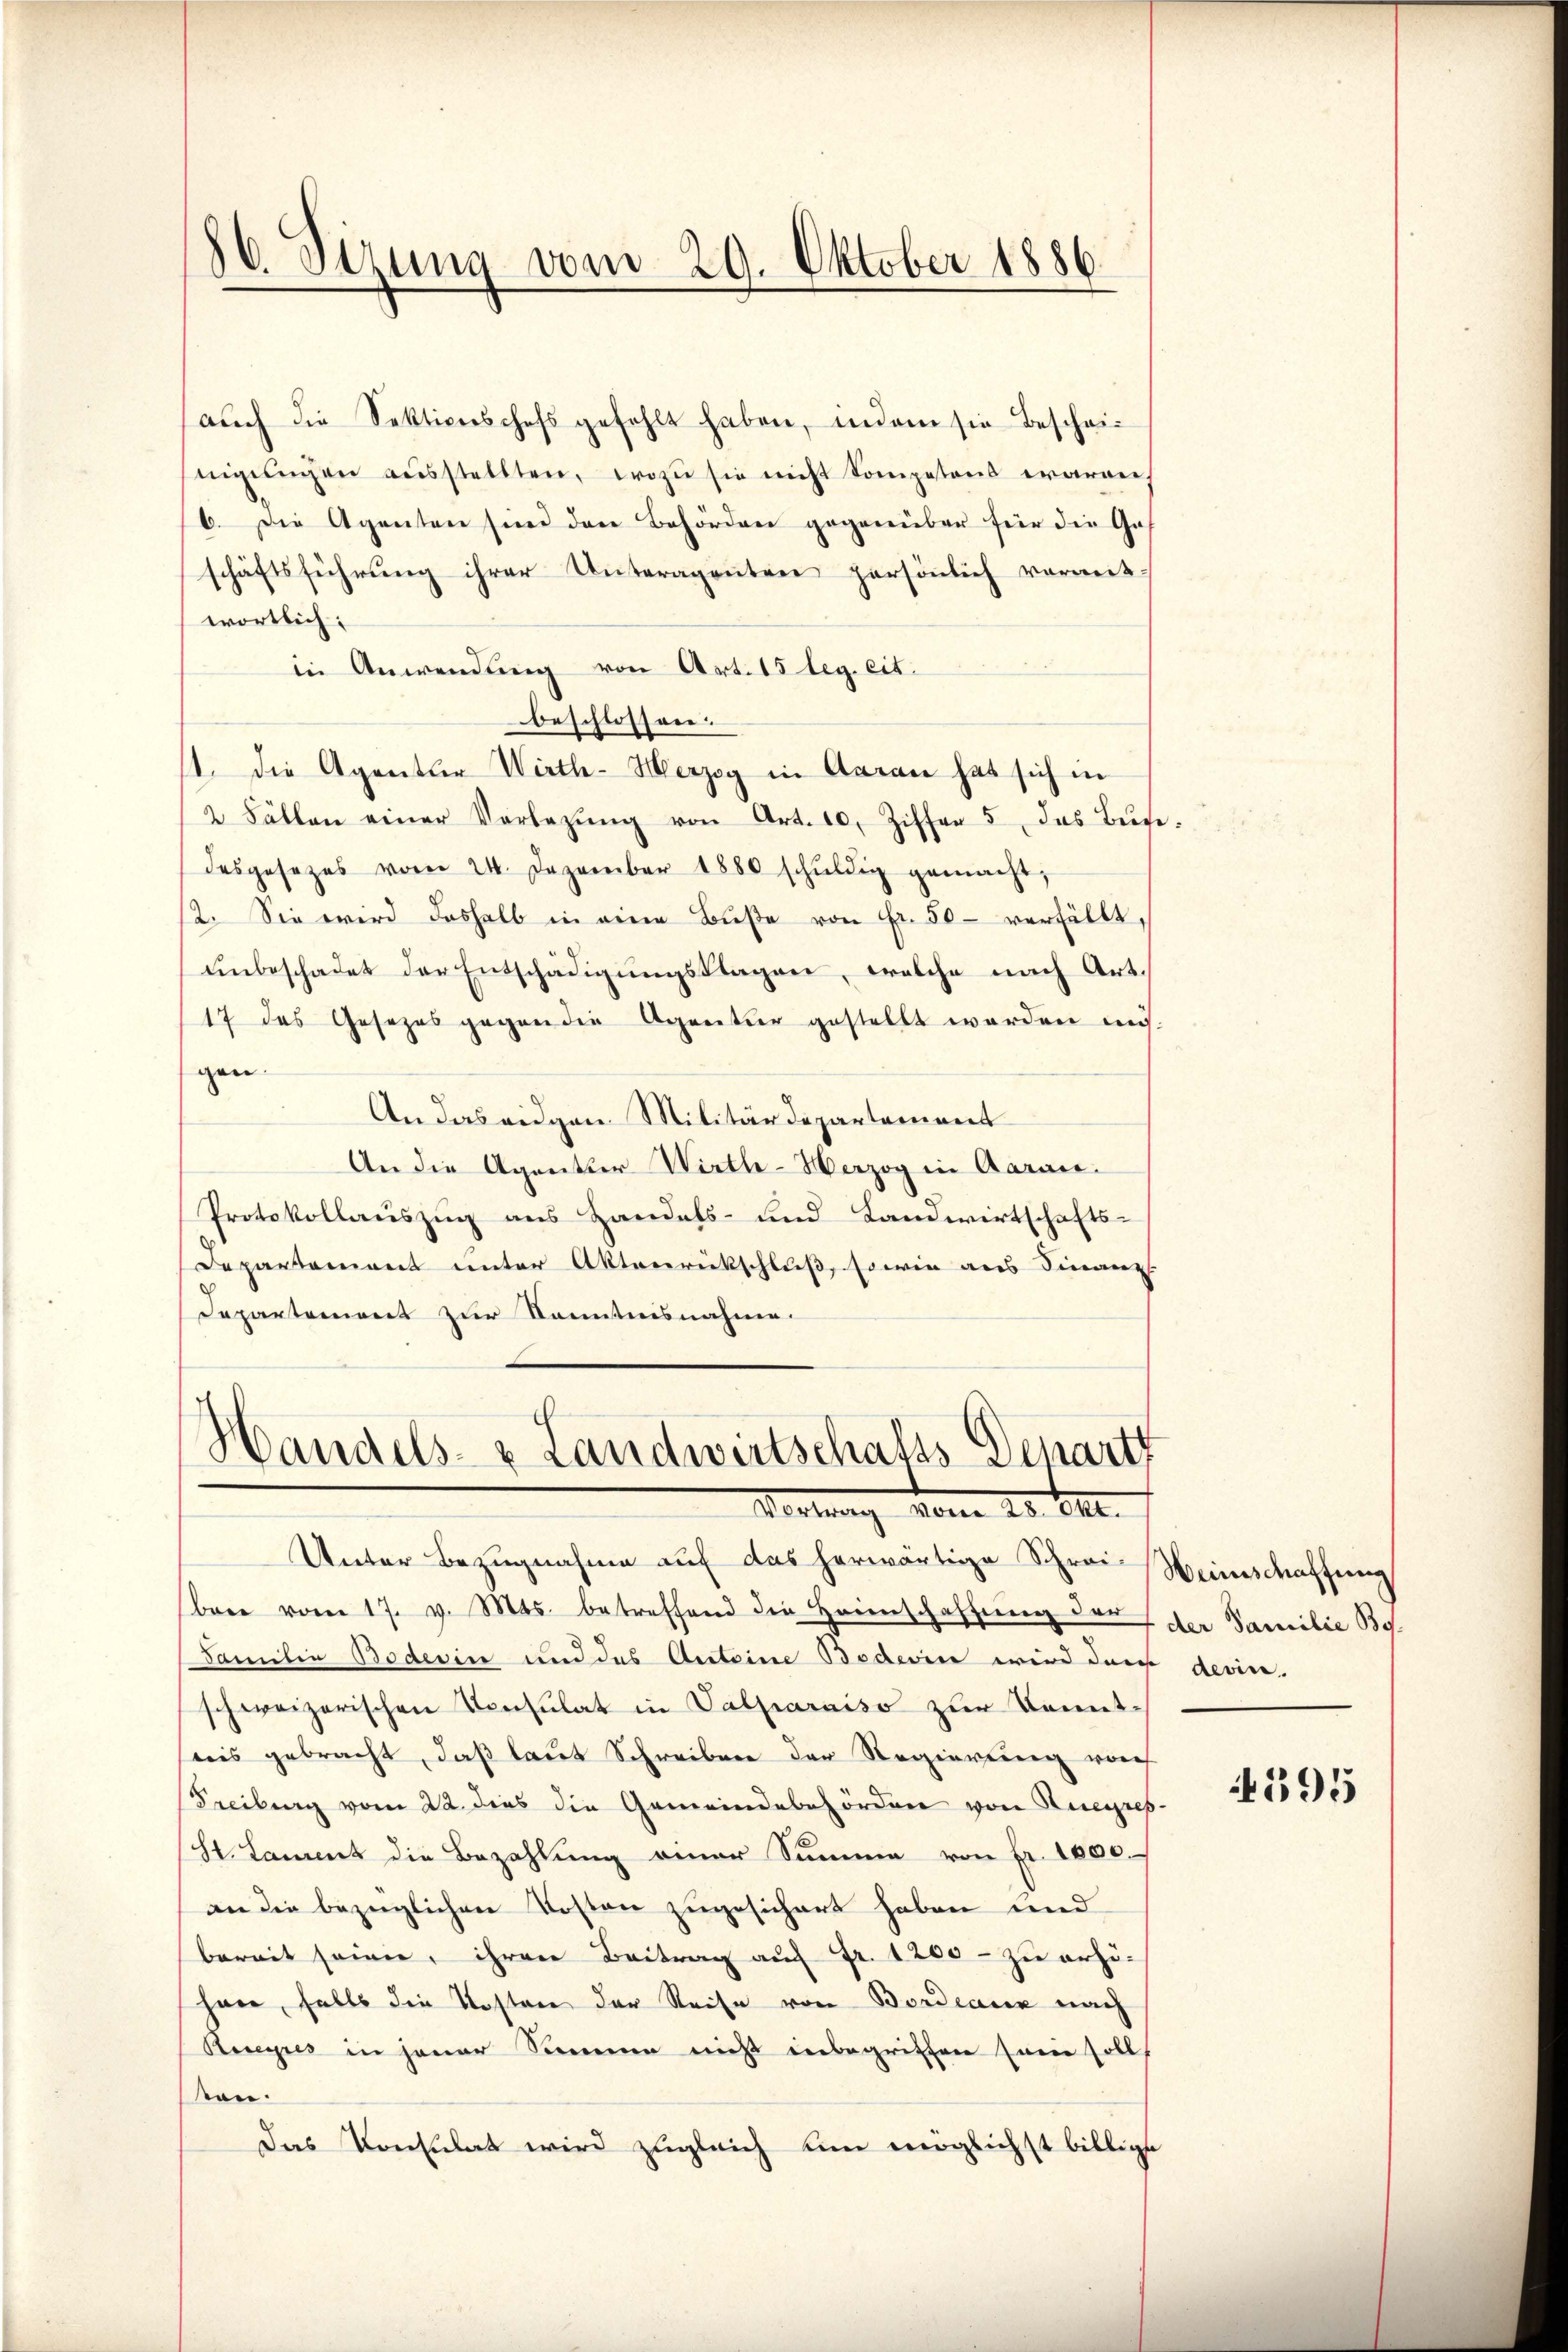
86. Sizung vom 29. Oktober 1886.

aŭch die Sektioneschefs gefehlt haben, indem sie bescheinigŭngen aŭsstellten, wozu sie nicht kompetens waren,
6. Die Agenten sind den Behörden gegenüber für die Geschäftsführŭng ihrer Unteragenten persönlich vormit-
wortlich:
in Anwendung von Art. 15 leg. eit.
beschlossen.
11. die Agentur Wirth-Herzog in Aarau hat sich in
2 Fällen einer Vorlegŭng von Art. 10. Ziffer 5 das Buse-
desgesezes vom 24. Dezember 1880 schŭldig gemacht,
2. Sie wird deshalb in eine Buße von Fr. 50 – verfüllt,
unbeschadet der Entschädigungsklagen, welche nach Art.
17 des Gesezes gegen die Agentur gestellt werden müsgen
An das eidgen. Militärdepartement
An die Agentier Wirtle-Werzog in Aarau
Protokollauszug aus Handels- und Landwirtschafts-
Departement unter Aktenrückschluß, sowie aus Finanz
Departement zur Kenntnisnahme.

Handels- & Landwirtschafts-Depart
Vortrag vom 20. 12.

Unter Bezugnahme auf das herwärtige Schrei- Weinschaffung
bare vom 17. v. Mts. betreffend die Heimschaffung der der Familie Bo
Familie Bodevin und des Anteine Bederin wird dan devine
schweizerischen Consulat in Valparaiso zur Kenntnis gebracht, daß laut Schreiben der Regierung vorh
Freibung vom 22. dies die Gemeindebehörden von Ruegres-
(St. Lammt die Bezahlung einer Summe von Fr. 1000.
an die bezüglichen Kosten zugesichert haben und
bereit seine, ihren Beitrag auf Fr. 1200 - zu erhöhare, falls die Kosten der Reise von Bordeaux nach
Reyres in jener Sommen nicht inbegriffen seine soll,
sen.
das Konsulat wird zugleich um möglichst billige

595